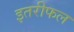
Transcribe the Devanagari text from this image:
इतरीफल